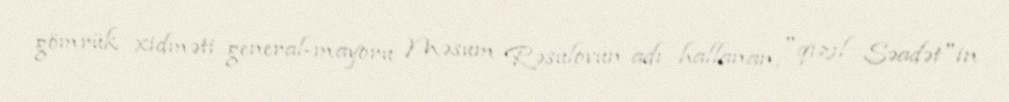
gömrük xidməti general-mayoru Məsum Rəsulovun adı hallanan, "qızıl Səadət"in